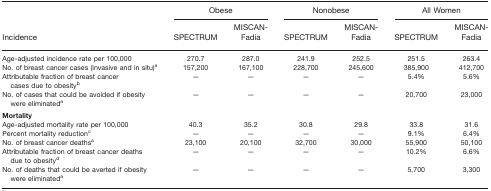
<table><thead><tr><td>[EMPTY_CELL]</td><td colspan="2"><b>Obese</b></td><td colspan="2"><b>Nonobese</b></td><td colspan="2"><b>All Women</b></td></tr><tr><td><b>Incidence</b></td><td><b>SPECTRUM</b></td><td><b>MISCAN-Fadia</b></td><td><b>SPECTRUM</b></td><td><b>MISCAN-Fadia</b></td><td><b>SPECTRUM</b></td><td><b>MISCAN-Fadia</b></td></tr></thead><tbody><tr><td>Age-adjusted incidence rate per 100,000</td><td>270.7</td><td>287.0</td><td>241.9</td><td>252.5</td><td>251.5</td><td>263.4</td></tr><tr><td>No. of breast cancer cases (invasive and in situ)a</td><td>157,200</td><td>167,100</td><td>228,700</td><td>245,600</td><td>385,900</td><td>412,700</td></tr><tr><td>Attributable fraction of breast cancer cases due to obesityb</td><td>—</td><td>—</td><td>—</td><td>—</td><td>5.4%</td><td>5.6%</td></tr><tr><td>No. of cases that could be avoided if obesity were eliminateda</td><td>—</td><td>—</td><td>—</td><td>—</td><td>20,700</td><td>23,000</td></tr><tr><td><b>Mortality</b></td><td>[EMPTY_CELL]</td><td>[EMPTY_CELL]</td><td>[EMPTY_CELL]</td><td>[EMPTY_CELL]</td><td>[EMPTY_CELL]</td><td>[EMPTY_CELL]</td></tr><tr><td>Age-adjusted mortality rate per 100,000</td><td>40.3</td><td>35.2</td><td>30.8</td><td>29.8</td><td>33.8</td><td>31.6</td></tr><tr><td>Percent mortality reductionc</td><td>—</td><td>—</td><td>—</td><td>—</td><td>9.1%</td><td>6.4%</td></tr><tr><td>No. of breast cancer deathsa</td><td>23,100</td><td>20,100</td><td>32,700</td><td>30,000</td><td>55,900</td><td>50,100</td></tr><tr><td>Attributable fraction of breast cancer deaths due to obesityd</td><td>—</td><td>—</td><td>—</td><td>—</td><td>10.2%</td><td>6.6%</td></tr><tr><td>No. of deaths that could be averted if obesity were eliminateda</td><td>—</td><td>—</td><td>—</td><td>—</td><td>5,700</td><td>3,300</td></tr></tbody></table>